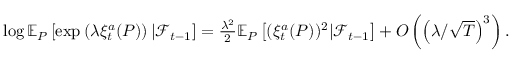
\begin{array} { r l } & { \log \mathbb { E } _ { P } \left[ \exp \left( \lambda \xi _ { t } ^ { a } ( P ) \right) | \mathcal { F } _ { t - 1 } \right] = \frac { \lambda ^ { 2 } } { 2 } \mathbb { E } _ { P } \left[ ( \xi _ { t } ^ { a } ( P ) ) ^ { 2 } | \mathcal { F } _ { t - 1 } \right] + O \left( \left( \lambda / \sqrt { T } \right) ^ { 3 } \right) . } \end{array}